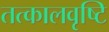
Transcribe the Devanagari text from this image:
तत्कालवृष्टि